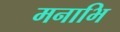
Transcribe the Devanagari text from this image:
मनाभि